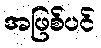
အဖြစ်ပင်